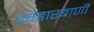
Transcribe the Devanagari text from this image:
खंडारबाणी